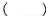
()